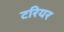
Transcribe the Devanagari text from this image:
टरियर